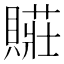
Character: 𮚛